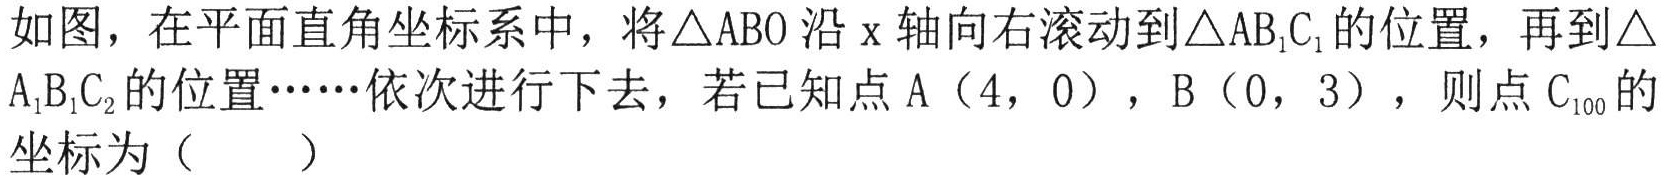
如图，在平面直角坐标系中，将\(\triangle ABO\)沿\(x\)轴向右滚动到\(\triangle AB_{1}C_{1}\)的位置，再到\(\triangle A_{1}B_{1}C_{2}\)的位置……依次进行下去，若已知点\(A(4,0)\)，\(B(0,3)\)，则点\(C_{100}\)的坐标为（  ）